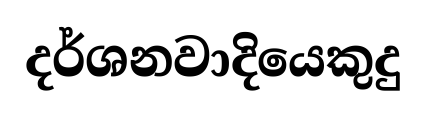
දර්ශනවාදියෙකුදු